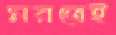
মরতেই